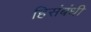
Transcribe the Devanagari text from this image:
हिसंबंधी